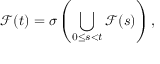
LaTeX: { \mathcal { F } } ( t ) = \sigma \left( \bigcup _ { 0 \leq s < t } { \mathcal { F } } ( s ) \right) ,